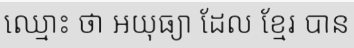
ឈ្មោះ ថា អយុធ្យា ដែល ខ្មែរ បាន